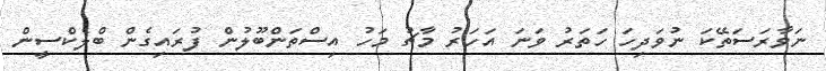
ނަވާރަސަތޭކަ ނުވަދިހަ ހަތަރު ވަނަ އަހަރު މާޗު މަހު އިސްތަންބޫލުން ފުރައިގެން ބްލެކްސީން